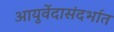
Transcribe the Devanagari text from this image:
आयुर्वेदासंदर्भात